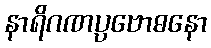
နာရိဂဏပ္ပဗောဓနော